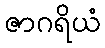
ဇာဂရိယံ